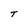
Character: T